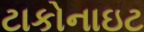
ટાકોનાઇટ